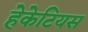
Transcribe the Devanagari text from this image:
हेकेटियस